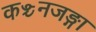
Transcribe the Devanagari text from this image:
कञ्चनजङ्गा